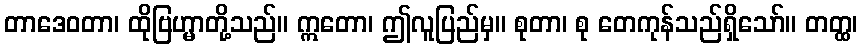
တာဒေဝတာ၊ ထိုဗြဟ္မာတို့သည်။ ဣတော၊ ဤလူပြည်မှ။ စုတာ၊ စု တေကုန်သည်ရှိသော်။ တတ္ထ၊